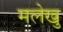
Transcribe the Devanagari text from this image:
मलेखु